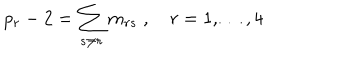
p _ { r } - 2 = \sum _ { s \neq r } m _ { r s } \; , \quad r = 1 , \ldots , 4